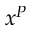
x ^ { P }